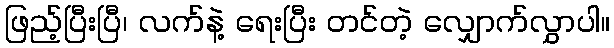
ဖြည့်ပြီးပြီ၊ လက်နဲ့ ရေးပြီး တင်တဲ့ လျှောက်လွှာပါ။